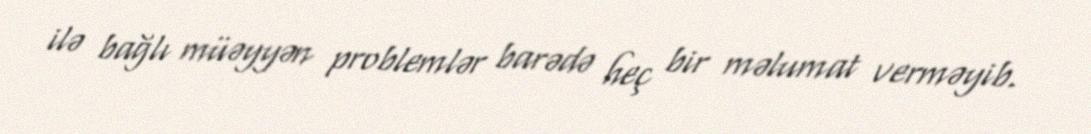
ilə bağlı müəyyən problemlər barədə heç bir məlumat verməyib.